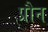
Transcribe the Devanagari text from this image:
प्रौन